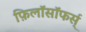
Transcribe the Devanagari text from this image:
फ़िलॉसॉफर्स्